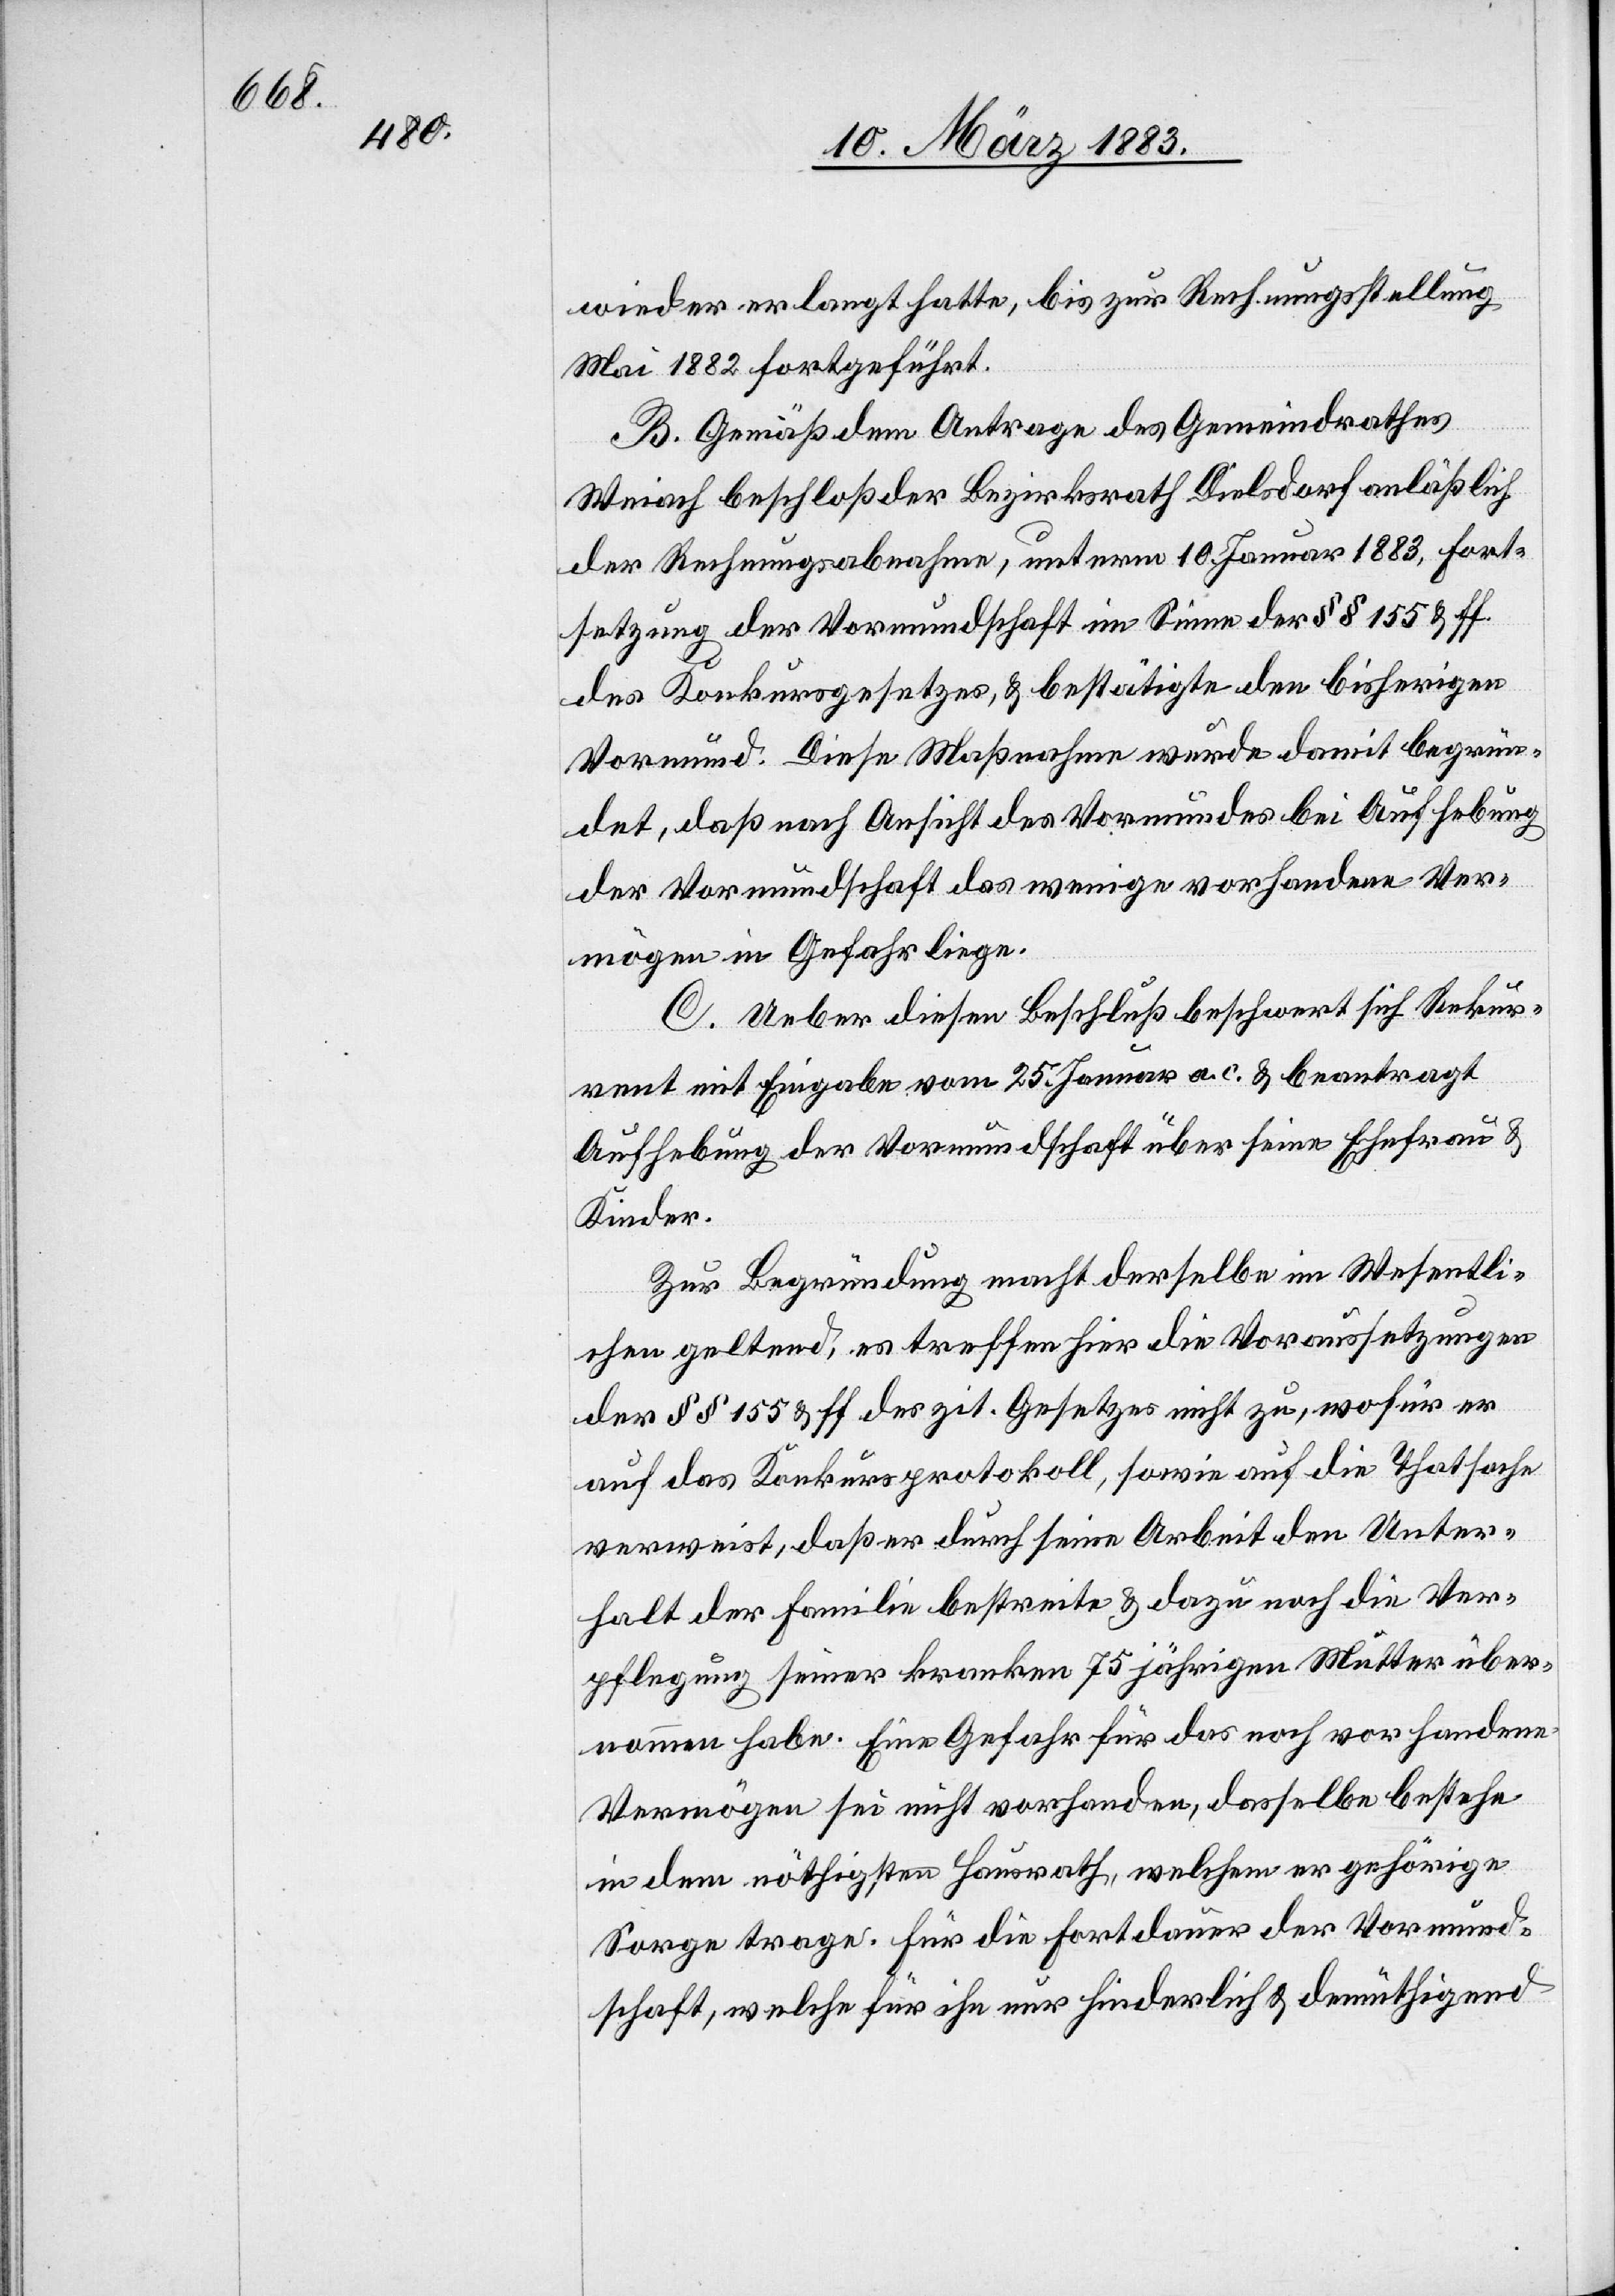
6.